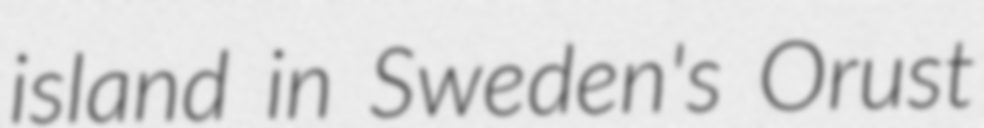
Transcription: island in Sweden's Orust